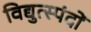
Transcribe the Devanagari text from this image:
विद्युत्स्पंदों